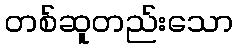
တစ်ဆူတည်းသော